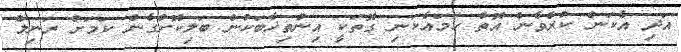
އަދި އެކަން ކުރެވެން އޮތް ހަމައެކަނި ގޮތަކީ އިންތިޚާބަކުން ބަލިކޮށްގެން ކަމަަށް ރަނިލް